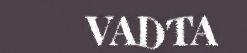
VADTA